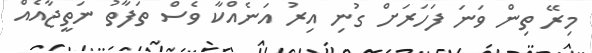
މިރޭ ތިން ވަނަ ފަހަރަށް ގުނި އިރު އަނެއްކާ ވެސް ތަފާތު ނަތީޖާއެއް